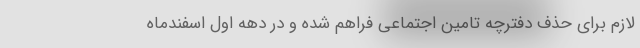
لازم برای حذف دفترچه تامین اجتماعی فراهم شده و در دهه اول اسفندماه